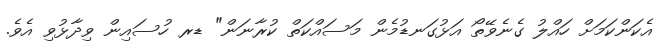
އެކަންކަމަށް ހައްލު ގެނެވޭތޯ އަޅުގަނޑުމެން މަސައްކަތް ކުރާނަން" ޑރ ހުސައިން ވިދާޅުވި އެވެ.